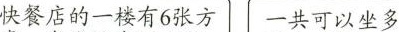
快餐店的一楼有6张方 一共可以坐多